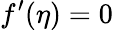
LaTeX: f^{\prime}(\eta)=0